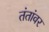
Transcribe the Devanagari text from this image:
तंतांवर